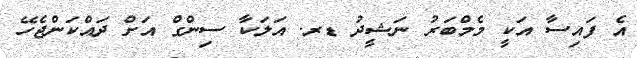
އެ ފައިސާ އަކީ މެމްބަރު ނަޝީދު ޑރ. އަލަކާ ސިންގް އަށް ދައްކަންޖެހޭ